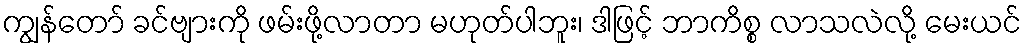
ကျွန်တော် ခင်ဗျားကို ဖမ်းဖို့လာတာ မဟုတ်ပါဘူး၊ ဒါဖြင့် ဘာကိစ္စ လာသလဲလို့ မေးယင်